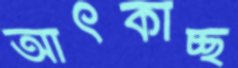
আঁৎকাচ্ছ